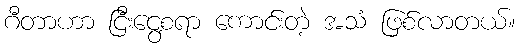
ဂီတာဟာ ငြီးငွေ့စရာ ကောင်းတဲ့ အသံ ဖြစ်လာတယ်။